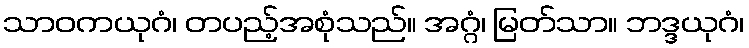
သာဝကယုဂံ၊ တပည့်အစုံသည်။ အဂ္ဂံ၊ မြတ်သာ။ ဘဒ္ဒယုဂံ၊